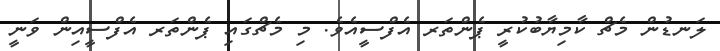
ލަނޑުން މެޗް ކާމިޔާބުކުރީ ޕެންތަރ އެފްސީއެވެ. މި މެޗްގައި ޕެންތަރ އެފްސީއިން ވަނީ